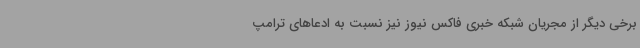
برخی دیگر از مجریان شبکه خبری فاکس نیوز نیز نسبت به ادعاهای ترامپ